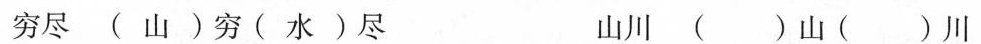
穷尽(山)穷(水)尽 山川( )山( )川